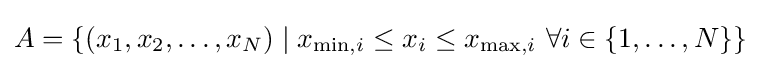
A=\{(x_{1},x_{2},\ldots ,x_{N})\mid x_{\min ,i}\leq x_{i}\leq x_{\max ,i}{\text{ }}\forall i\in \{1,\ldots ,N\}\}